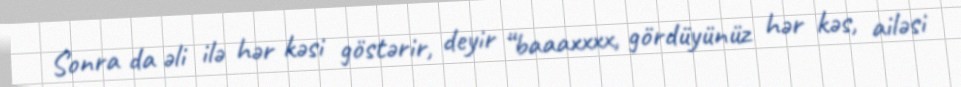
Sonra da əli ilə hər kəsi göstərir, deyir “baaaxxxx, gördüyünüz hər kəs, ailəsi